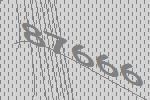
87666